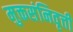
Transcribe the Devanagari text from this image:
मुक्तसंनिवृत्ती